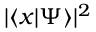
| \langle x | \Psi \rangle | ^ { 2 }